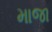
માજા